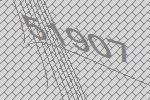
51907